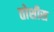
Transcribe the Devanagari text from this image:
तोशीस